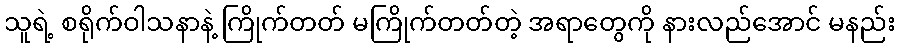
သူရဲ့ စရိုက်ဝါသနာနဲ့ ကြိုက်တတ် မကြိုက်တတ်တဲ့ အရာတွေကို နားလည်အောင် မနည်း